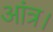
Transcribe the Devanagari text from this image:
आंत्र।